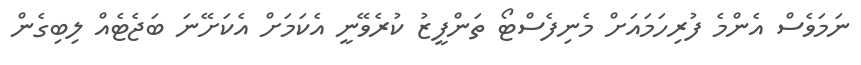
ނަމަވެސް އެންމެ ފުރިހަމައަށް މެނިފެސްޓޯ ތަންފީޒު ކުރެވޭނީ އެކަމަށް އެކަށޭނަ ބަޖެޓެއް ލިބިގެން